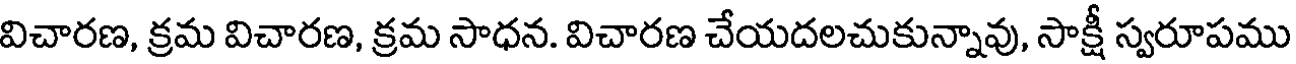
విచారణ, క్రమ విచారణ, క్రమ సాధన. విచారణ చేయదలచుకున్నావు, సాక్షీ స్వరూపము